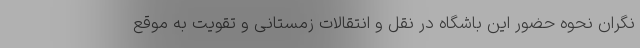
نگران نحوه حضور این باشگاه در نقل و انتقالات زمستانی و تقویت به موقع